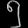
Digit: ၅